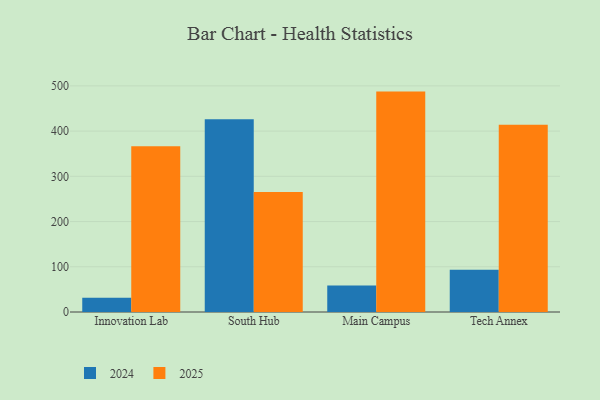
{"axis": {"x": "Campus", "y": "Energy Usage (MWh)"}, "legend": ["2024", "2025"], "data": [{"x": "Innovation Lab", "y": 31.5, "type": "2024"}, {"x": "Innovation Lab", "y": 366.2, "type": "2025"}, {"x": "South Hub", "y": 425.9, "type": "2024"}, {"x": "South Hub", "y": 265.1, "type": "2025"}, {"x": "Main Campus", "y": 58.5, "type": "2024"}, {"x": "Main Campus", "y": 487.3, "type": "2025"}, {"x": "Tech Annex", "y": 93.6, "type": "2024"}, {"x": "Tech Annex", "y": 414.2, "type": "2025"}]}